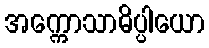
အက္ကောသာဓိပ္ပါယော